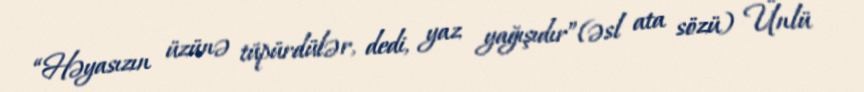
“Həyasızın üzünə tüpürdülər, dedi, yaz yağışıdır”(əsl ata sözü) Ünlü